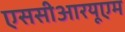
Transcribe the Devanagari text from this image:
एससीआरयूएम